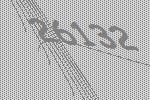
26132